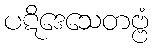
ပဋိဒေသေတဗ္ဗံ